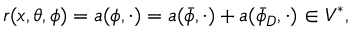
\begin{array} { r } { r ( x , \theta , \phi ) = a ( \phi , \cdot ) = a ( \bar { \phi } , \cdot ) + a ( \bar { \phi } _ { D } , \cdot ) \in V ^ { * } , } \end{array}